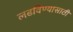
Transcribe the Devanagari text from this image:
लढविण्यासाठी